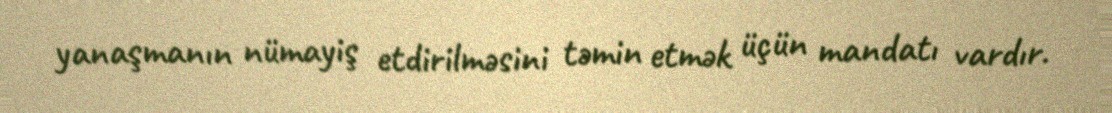
yanaşmanın nümayiş etdirilməsini təmin etmək üçün mandatı vardır.